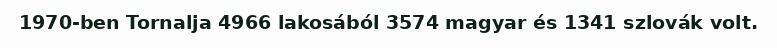
1970-ben Tornalja 4966 lakosából 3574 magyar és 1341 szlovák volt.